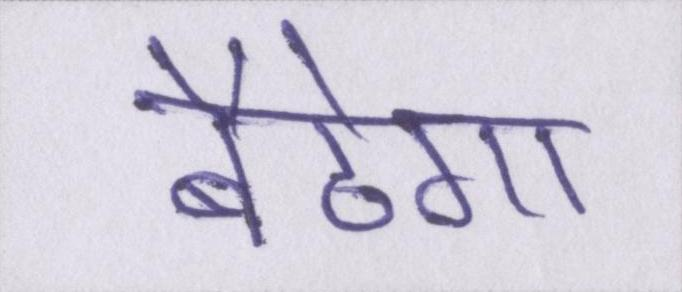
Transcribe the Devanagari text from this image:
बैठेगा